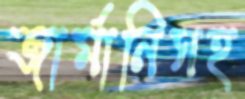
জার্মানিসহ